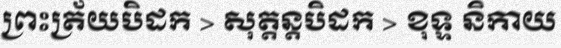
ព្រះត្រ័យបិដក > សុត្តន្តបិដក > ខុទ្ទ និកាយ